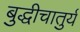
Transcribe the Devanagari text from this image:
बुद्धीचातुर्य